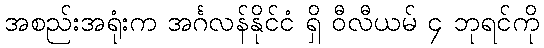
အစည်းအရုံးက အင်္ဂလန်နိုင်ငံ ရှိ ဝီလီယမ် ၄ ဘုရင်ကို